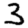
Digit: 3